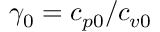
\gamma _ { 0 } = c _ { p 0 } / c _ { v 0 }